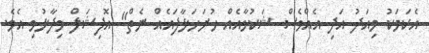
އެކަމަކު މިއަދު އަދި އެއްވެސް ޝަކުވާއެއް ހުށަހަޅާފައެއް ނެތް" އޮފިޝަލް ވިދާޅުވި އެވެ.